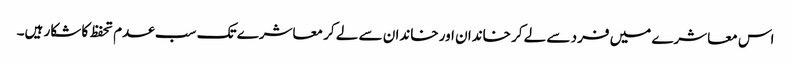
اس معاشرے میں فرد سے لے کر خاندان اور خاندان سے لے کر معاشرے تک سب عدم تحفظ کا شکار ہیں۔